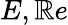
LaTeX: E,\mathbb{R}e